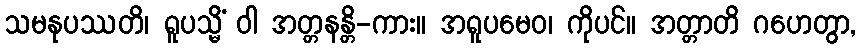
သမနုပဿတိ၊ ရူပသ္မိံ ဝါ အတ္တနန္တိ-ကား။ အရူပမေဝ၊ ကိုပင်။ အတ္တာတိ ဂဟေတွာ,